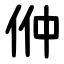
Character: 㑖